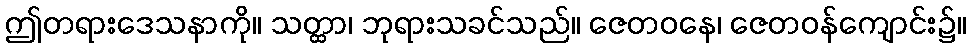
ဤတရားဒေသနာကို။ သတ္ထာ၊ ဘုရားသခင်သည်။ ဇေတဝနေ၊ ဇေတဝန်ကျောင်း၌။